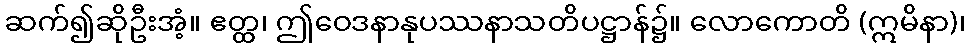
ဆက်၍ဆိုဦးအံ့။ ဧတ္ထ၊ ဤဝေဒနာနုပဿနာသတိပဋ္ဌာန်၌။ လောကောတိ (ဣမိနာ)၊